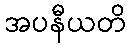
အပနီယတိ